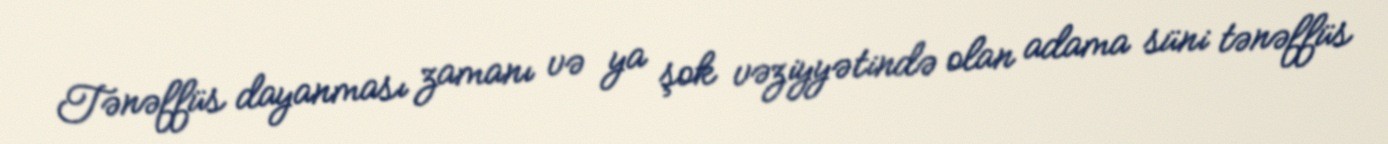
Tənəffüs dayanması zamanı və ya şok vəziyyətində olan adama süni tənəffüs